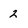
Character: 2